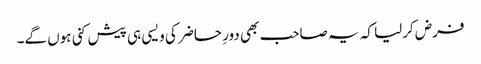
فرض کرلیا کہ یہ صاحب بھی دورِ حاضر کی ویسی ہی پیش کنی ہوں گے۔